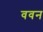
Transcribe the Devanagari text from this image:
ववन